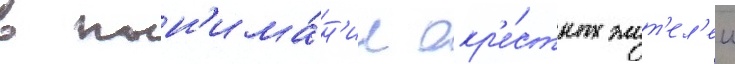
в пон'има́н'ии окр'е́стных жит'ел'еи